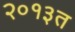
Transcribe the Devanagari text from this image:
२०१३त